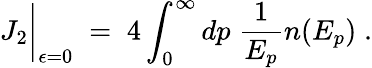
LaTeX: J_{2}\bigg|_{\epsilon=0}\; =\; 4\int_{0}^{\infty}dp\; {\frac{1}{E_{p}}}n(E_{p})\; .